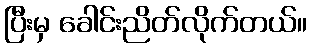
ပြီးမှ ခေါင်းညိတ်လိုက်တယ်။